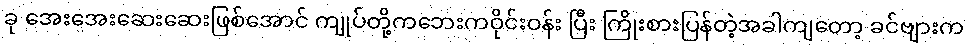
ခု အေးအေးဆေးဆေးဖြစ်အောင် ကျုပ်တို့ကဘေးကဝိုင်းဝန်း ပြီး ကြိုးစားပြန်တဲ့အခါကျတော့ ခင်ဗျားက